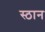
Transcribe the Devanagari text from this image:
स्ठान